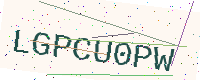
Text: LGPCU0PW